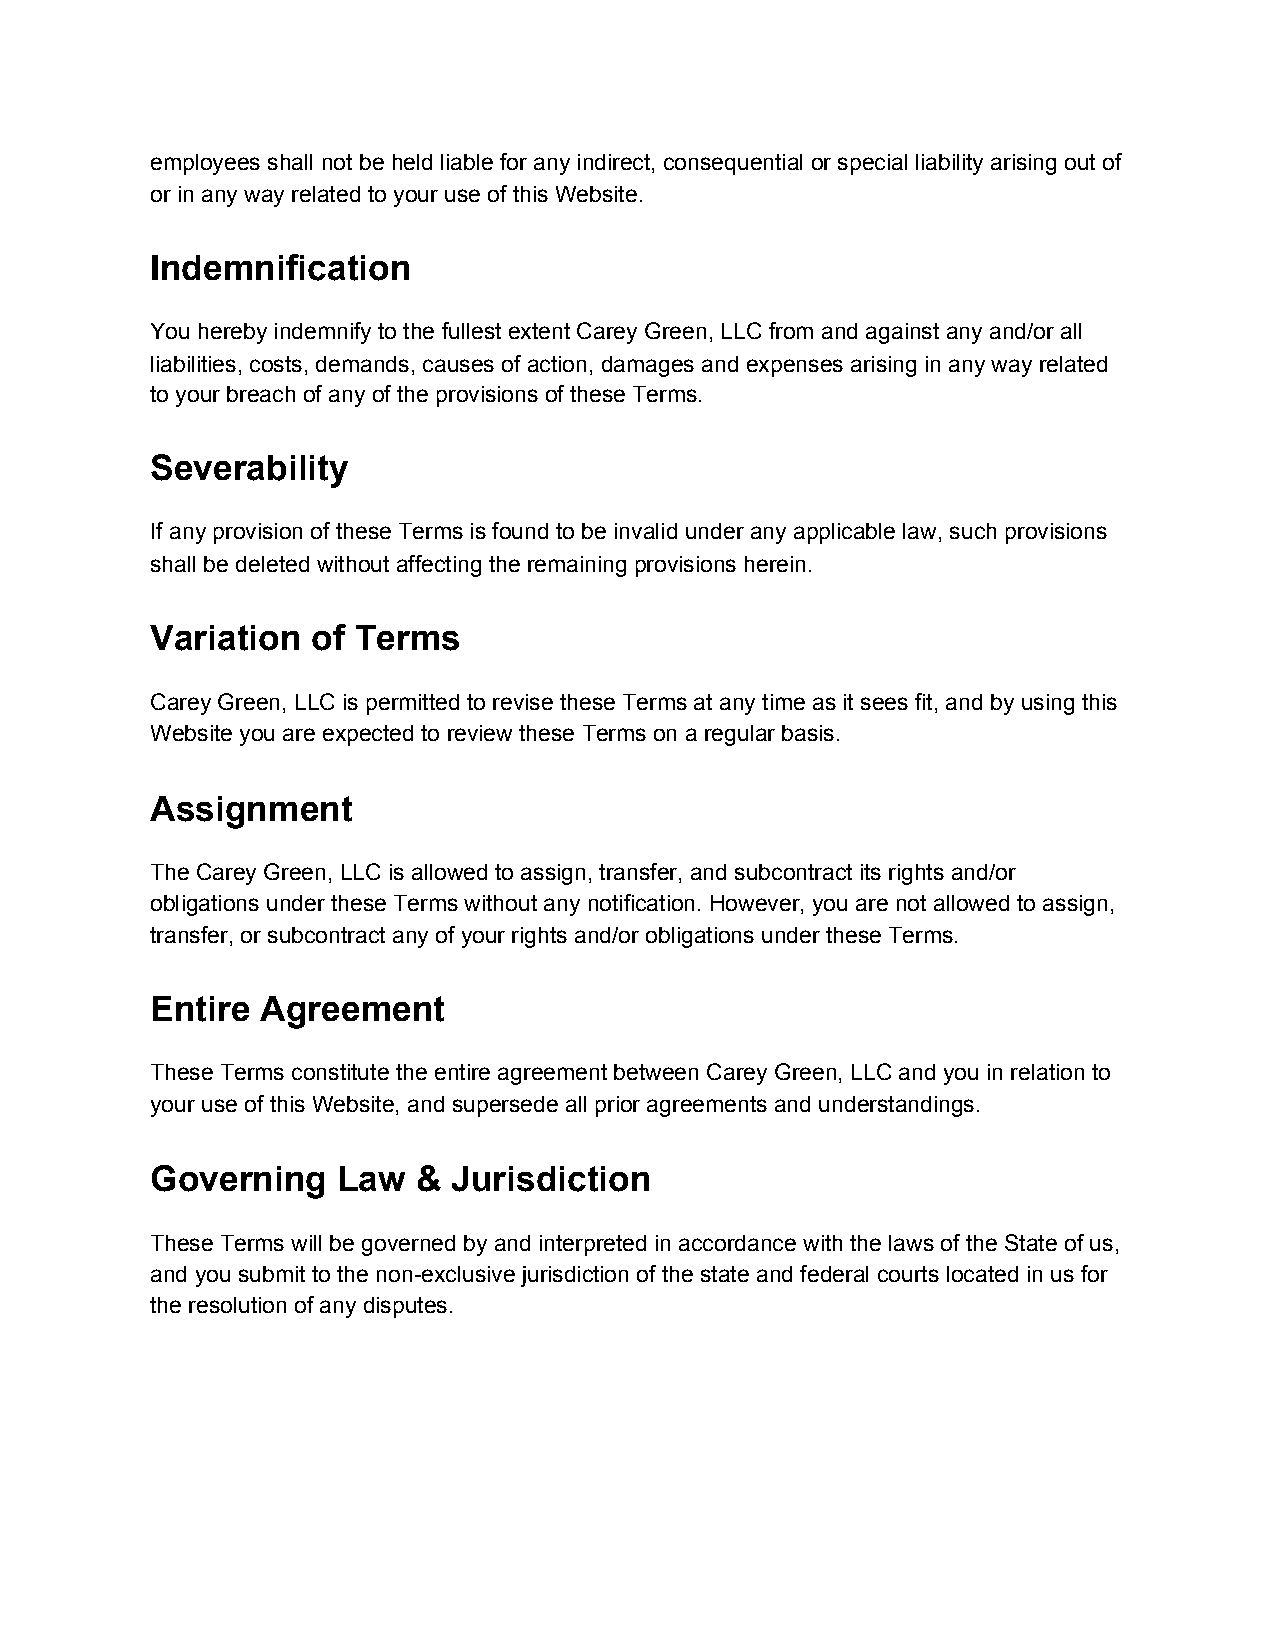
employees shall not be held liable for any indirect, consequential or special liability arising out of
 or in any way related to your use of this Website.
 Indemnification
 You hereby indemnify to the fullest extent Carey Green, LLC from and against any and/or all
 liabilities, costs, demands, causes of action, damages and expenses arising in any way related
 to your breach of any of the provisions of these Terms.
 Severability
 If any provision of these Terms is found to be invalid under any applicable law, such provisions
 shall be deleted without affecting the remaining provisions herein.
 Variation  of Terms
 Carey Green, LLC is permitted to revise these Terms at any time as it sees fit, and by using this
 Website you are expected to review these Terms on a regular basis.
 Assignment
 The Carey Green, LLC is allowed to assign, transfer, and subcontract its rights and/or
 obligations under these Terms without any notification. However, you are not allowed to assign,
 transfer, or subcontract any of your rights and/or obligations under these Terms.
 Entire Agreement
 These Terms constitute the entire agreement between Carey Green, LLC and you in relation to
 your use of this Website, and supersede all prior agreements and understandings.
 Governing   Law   & Jurisdiction
 These Terms will be governed by and interpreted in accordance with the laws of the State of us,
 and you submit to the non-exclusive jurisdiction of the state and federal courts located in us for
 the resolution of any disputes.